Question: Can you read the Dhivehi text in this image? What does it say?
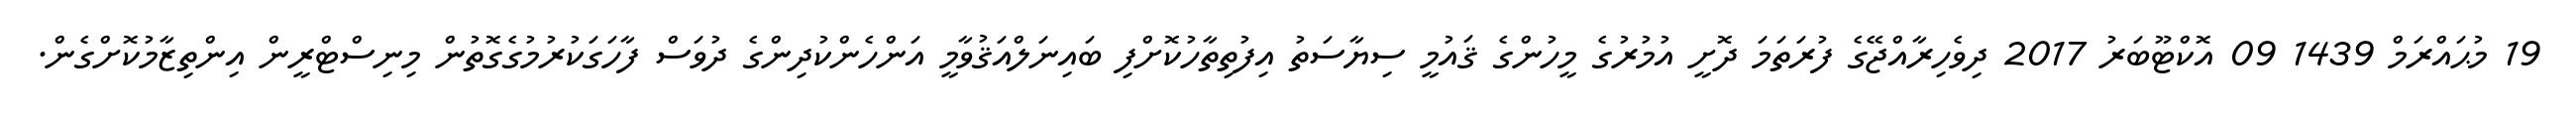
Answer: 19 މުޙައްރަމް 1439 09 އޮކްޓޫބަރު 2017 ދިވެހިރާއްޖޭގެ ފުރަތަމަ ދޮށީ އުމުރުގެ މީހުންގެ ޤައުމީ ސިޔާސަތު އިފުތިތާހުކޮށްފި ބައިނަލްއަޤުވާމީ އަންހެންކުދިންގެ ދުވަސް ފާހަގަކުރުމުގެގޮތުން މިނިސްޓްރީން އިންތިޒާމުކޮށްގެން.